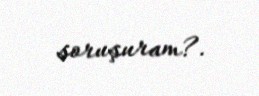
soruşuram?.